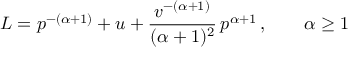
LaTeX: L = p ^ { - ( \alpha + 1 ) } + u + { \frac { v ^ { - ( \alpha + 1 ) } } { ( \alpha + 1 ) ^ { 2 } } } \, p ^ { \alpha + 1 } \, , \quad \quad \alpha \ge 1